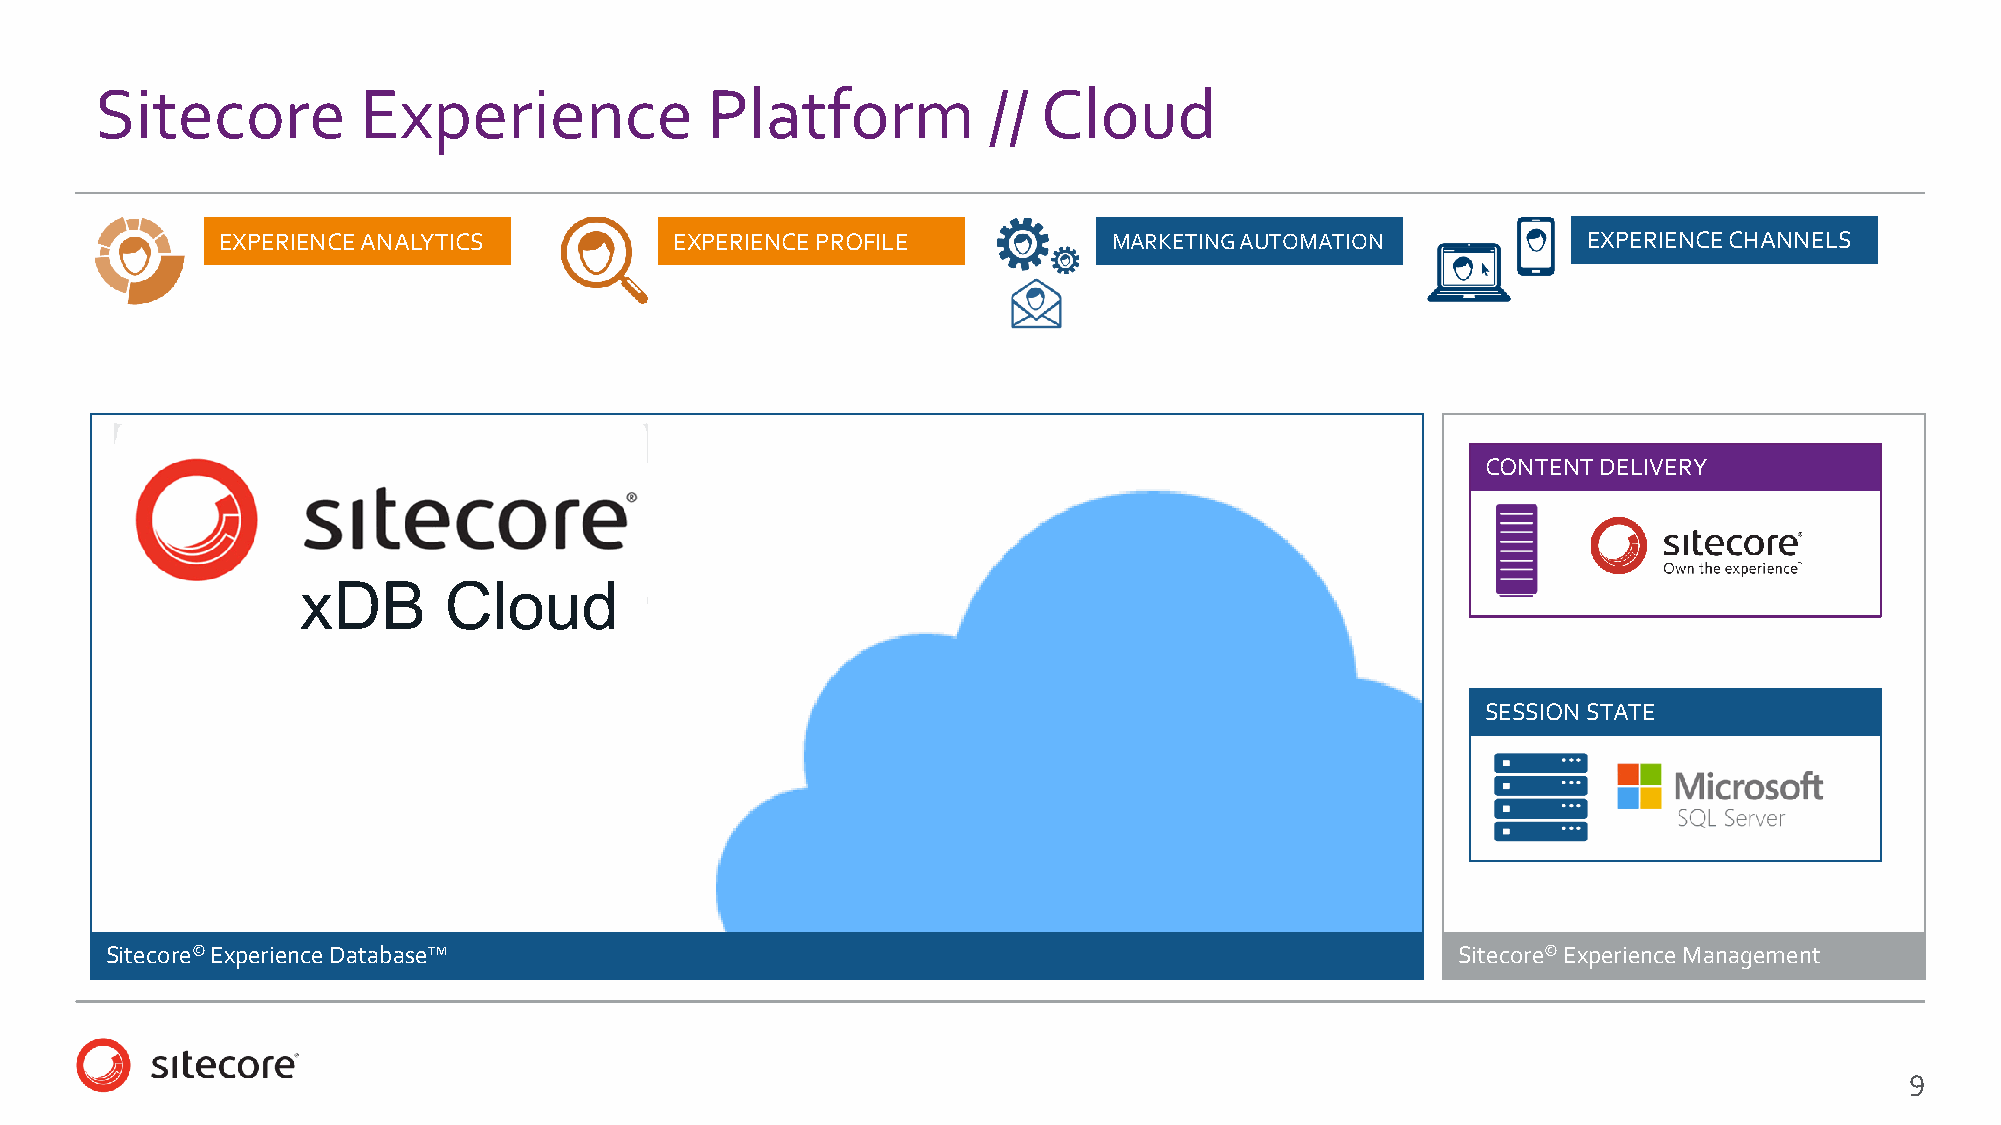
Sitecore          Experience             Platform          //  Cloud
 EXPERIENCE ANALYTICS           EXPERIENCE PROFILE           MARKETING AUTOMATION           EXPERIENCE CHANNELS
 CONTENT DELIVERY
 xDB      Cloud
 SESSION STATE
 Sitecore©Experience Database™                                                            Sitecore©Experience Management
 9